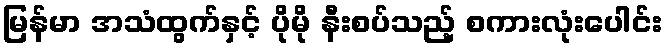
မြန်မာ အသံထွက်နှင့် ပိုမို နီးစပ်သည့် စကားလုံးပေါင်း